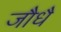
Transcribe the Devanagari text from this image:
जौधै